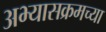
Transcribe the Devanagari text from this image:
अभ्यासक्रमच्या